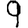
Digit: 9